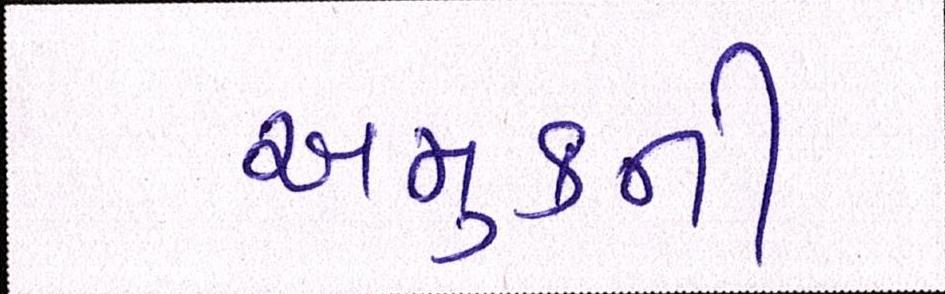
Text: અમુકની